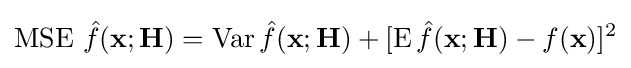
\operatorname {MSE} \,{\hat {f}}(\mathbf {x} ;\mathbf {H} )=\operatorname {Var} {\hat {f}}(\mathbf {x} ;\mathbf {H} )+[\operatorname {E} {\hat {f}}(\mathbf {x} ;\mathbf {H} )-f(\mathbf {x} )]^{2}